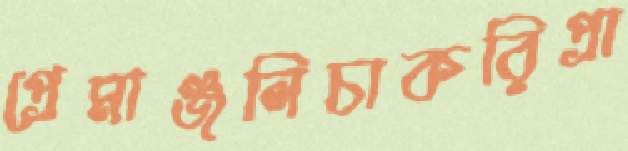
প্রেমাঞ্জলিচাকরিপ্রা